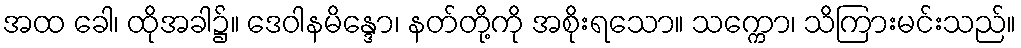
အထ ခေါ၊ ထိုအခါ၌။ ဒေဝါနမိန္ဒော၊ နတ်တို့ကို အစိုးရသော။ သက္ကော၊ သိကြားမင်းသည်။